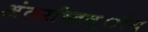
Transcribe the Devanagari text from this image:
अंतर्राष्‍टत्र्ीय